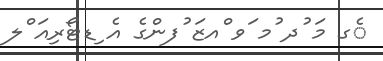
ެގ މަ ުދ ުމ ަވ ްއޒަ ުފންގެ އެ ިޑޓޯރިއަ ްލ